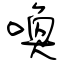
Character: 喚